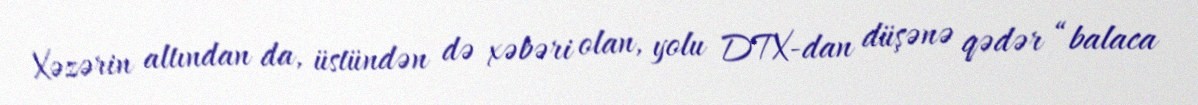
Xəzərin altından da, üstündən də xəbəri olan, yolu DTX-dan düşənə qədər “balaca